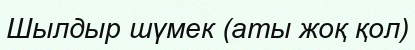
Шылдыр шүмек (аты жоқ қол)